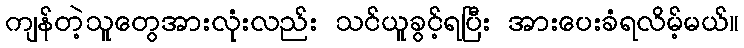
ကျန်တဲ့သူတွေအားလုံးလည်း သင်ယူခွင့်ရပြီး အားပေးခံရလိမ့်မယ်။